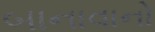
બાનાવાનો